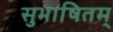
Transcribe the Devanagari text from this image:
सुभाषितम्